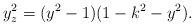
LaTeX: \begin{align*}y_z^2 = (y^2-1)(1-k^2-y^2).\end{align*}